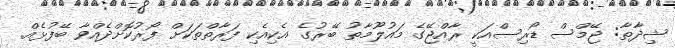
ޝިދާތާ: ޖޭމްސް ޑޯރިސްއަކީ ރާއްޖޭގެ މައުލޫމާތު ބޭރުގެ އެކިއެކި ފަރާތްތަކަށް ފޯރުކޮށްދެއްވާ ބޭފުޅެއް.